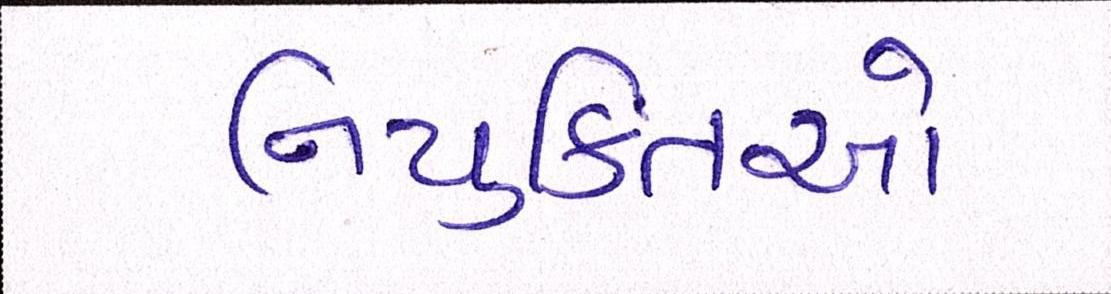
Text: નિયુક્તિઓ